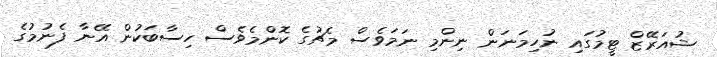
ޝުއަރޭޒް ޓީމުގައި ނުހިމަނަން ނިންމި ނަމަވެސް މެޗުގެ ކޮންމެވެސް ހިސާބަކުން އޭނާ ފެނުމުގެ